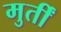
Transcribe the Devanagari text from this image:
मुर्तीं